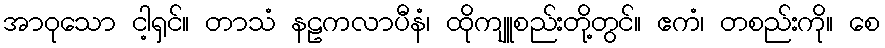
အာဝုသော ငါ့ရှင်။ တာသံ နဠကလာပီနံ၊ ထိုကျူစည်းတို့တွင်။ ဧကံ၊ တစည်းကို။ စေ